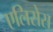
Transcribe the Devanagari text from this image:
एलिसेस